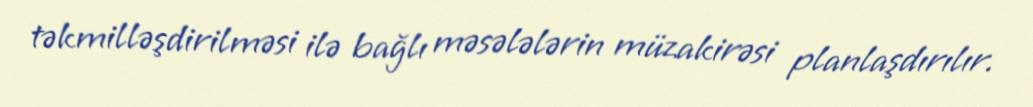
təkmilləşdirilməsi ilə bağlı məsələlərin müzakirəsi planlaşdırılır.